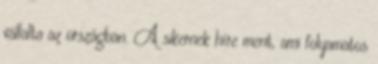
vállalta az országban. A sikernek híre ment, ami folyamatos